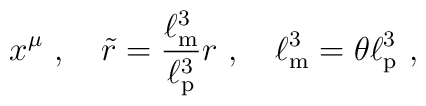
x^{\mu}\ ,\quad \tilde{r}=\frac{\ell_{\rm m}^{3}}{\ell_{\rm p}^{3}}r\ ,\quad  \ell_{\rm m}^{3}=\theta\ell_{\rm p}^{3}\ ,